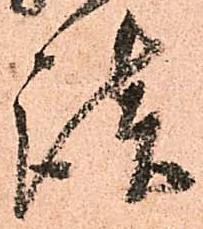
談